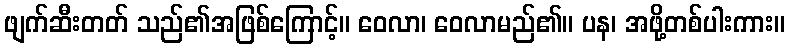
ဖျက်ဆီးတတ် သည်၏အဖြစ်ကြောင့်။ ဝေလာ၊ ဝေလာမည်၏။ ပန၊ အဖို့တစ်ပါးကား။